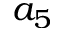
a _ { 5 }